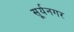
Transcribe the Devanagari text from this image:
सूर्यनगर